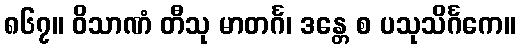
၈၆၇။ ဝိသာဏံ တီသု မာတင်္ဂ၊ ဒန္တေ စ ပသုသိင်္ဂကေ။